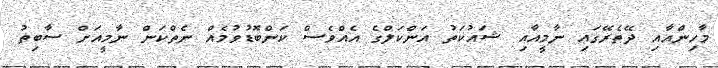
މާހިންއާއި ދޭތެރޭގައި ނާމީއާއި ޝައުކަތު އަންކަލްގެ އެއްވެސް ކަންބޮޑުވުމެއް ނެތްކަން ނާމީއަށް ސާބިތު